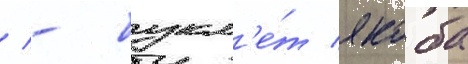
/ - букл'е́т якоба